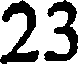
23